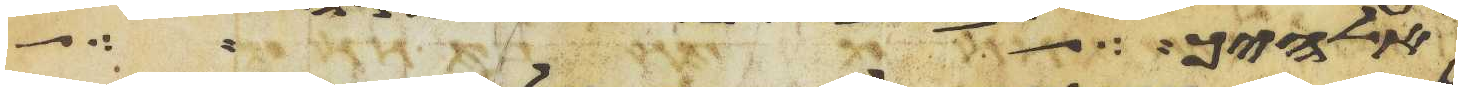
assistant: אלהיך הוא ולא